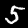
Digit: 5